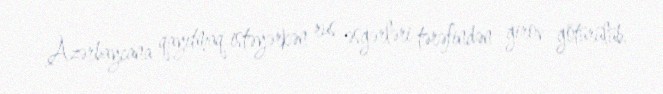
Azərbaycana qayıtmaq istəyərkən rus əsgərləri tərəfindən girov götürülüb.